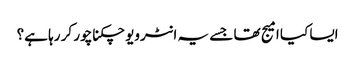
ایسا کیا امیج تھا جسے یہ انٹرویو چکناچور کر رہا ہے؟